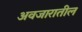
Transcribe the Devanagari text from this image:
अवजारातील